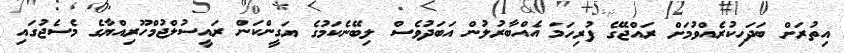
އިތުރަށް ބަދަހިކުރެއްވުމަށް ރައްޖޭގެ ފުރިހަމަ އެއްބާރުލުން އަބަދުވެސް ލިބޭނެކަމުގެ ޔަގީންކަން ރައީސުލްޖުމްހޫރިއްޔާގެ މެސެޖުގައި